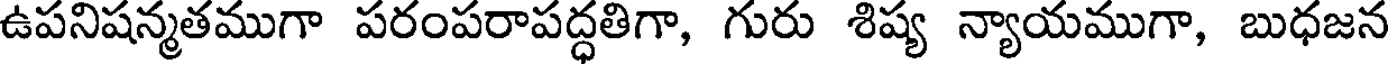
ఉపనిషన్మతముగా పరంపరాపద్ధతిగా, గురు శిష్య న్యాయముగా, బుధజన